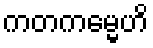
ကတကမ္မေဟိ